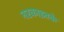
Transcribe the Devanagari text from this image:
नरकाइतके